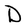
Character: D